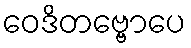
ဝေဒိတဗ္ဗောပေ